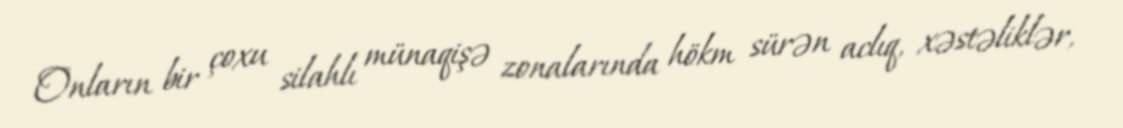
Onların bir çoxu silahlı münaqişə zonalarında hökm sürən aclıq, xəstəliklər,